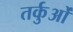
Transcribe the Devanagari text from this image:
तर्कुओं